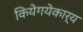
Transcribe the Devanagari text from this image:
कियेगयेकार्य